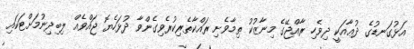
އަޅުގަނޑުގެ ދުޢާއަކީ ދިވެހި ރާއްޖޭގެ މިނާޒުކު ތިމާވެށި ރައްކާތެރިކުރެވިގެންވާ ދުޅަހެޔޮ ޖައްވެއް ލިބިދިނުމަށްޓަކައި